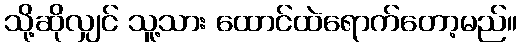
သို့ဆိုလျှင် သူ့သား ထောင်ထဲရောက်တော့မည်။